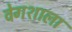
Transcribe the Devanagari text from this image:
वेगशाला